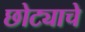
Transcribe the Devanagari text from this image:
छोट्याचे